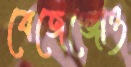
বেজেঞ্জোও